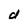
Character: d